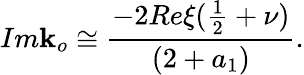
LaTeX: Im\mathbf{k}_{o}\cong\frac{{-2Re\xi(\frac{{1}}{{2}}+\nu)}}{{(2+a_{1})}}.